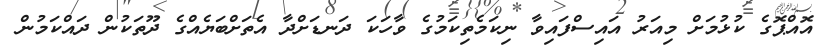
އޮއްޕޮގެ ކުޅުމަށް މިއަރު އައިސްފައިވާ ނިކަމެތިކަމުގެ ވާހަކަ ދަނޑަށްދާ އެތަށްބަޔެއްގެ ދޫތަކުން ދައްކަމުން